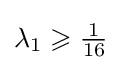
\lambda _{1}\geqslant {\tfrac {1}{16}}